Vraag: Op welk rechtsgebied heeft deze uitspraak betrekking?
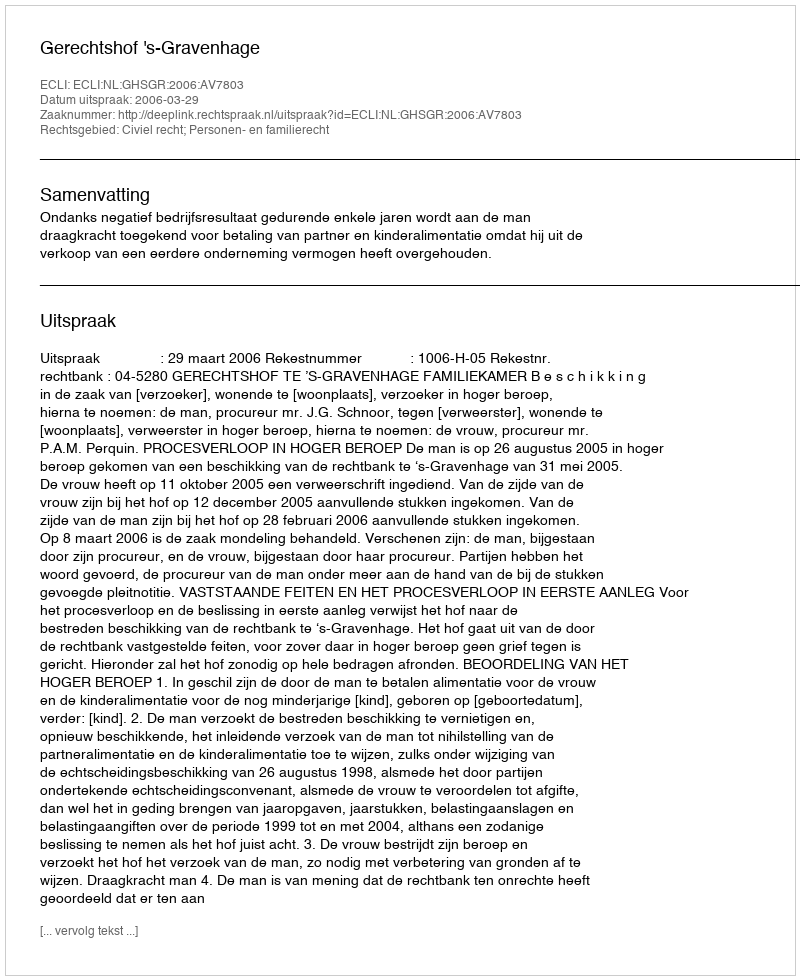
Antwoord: Civiel recht; Personen- en familierecht